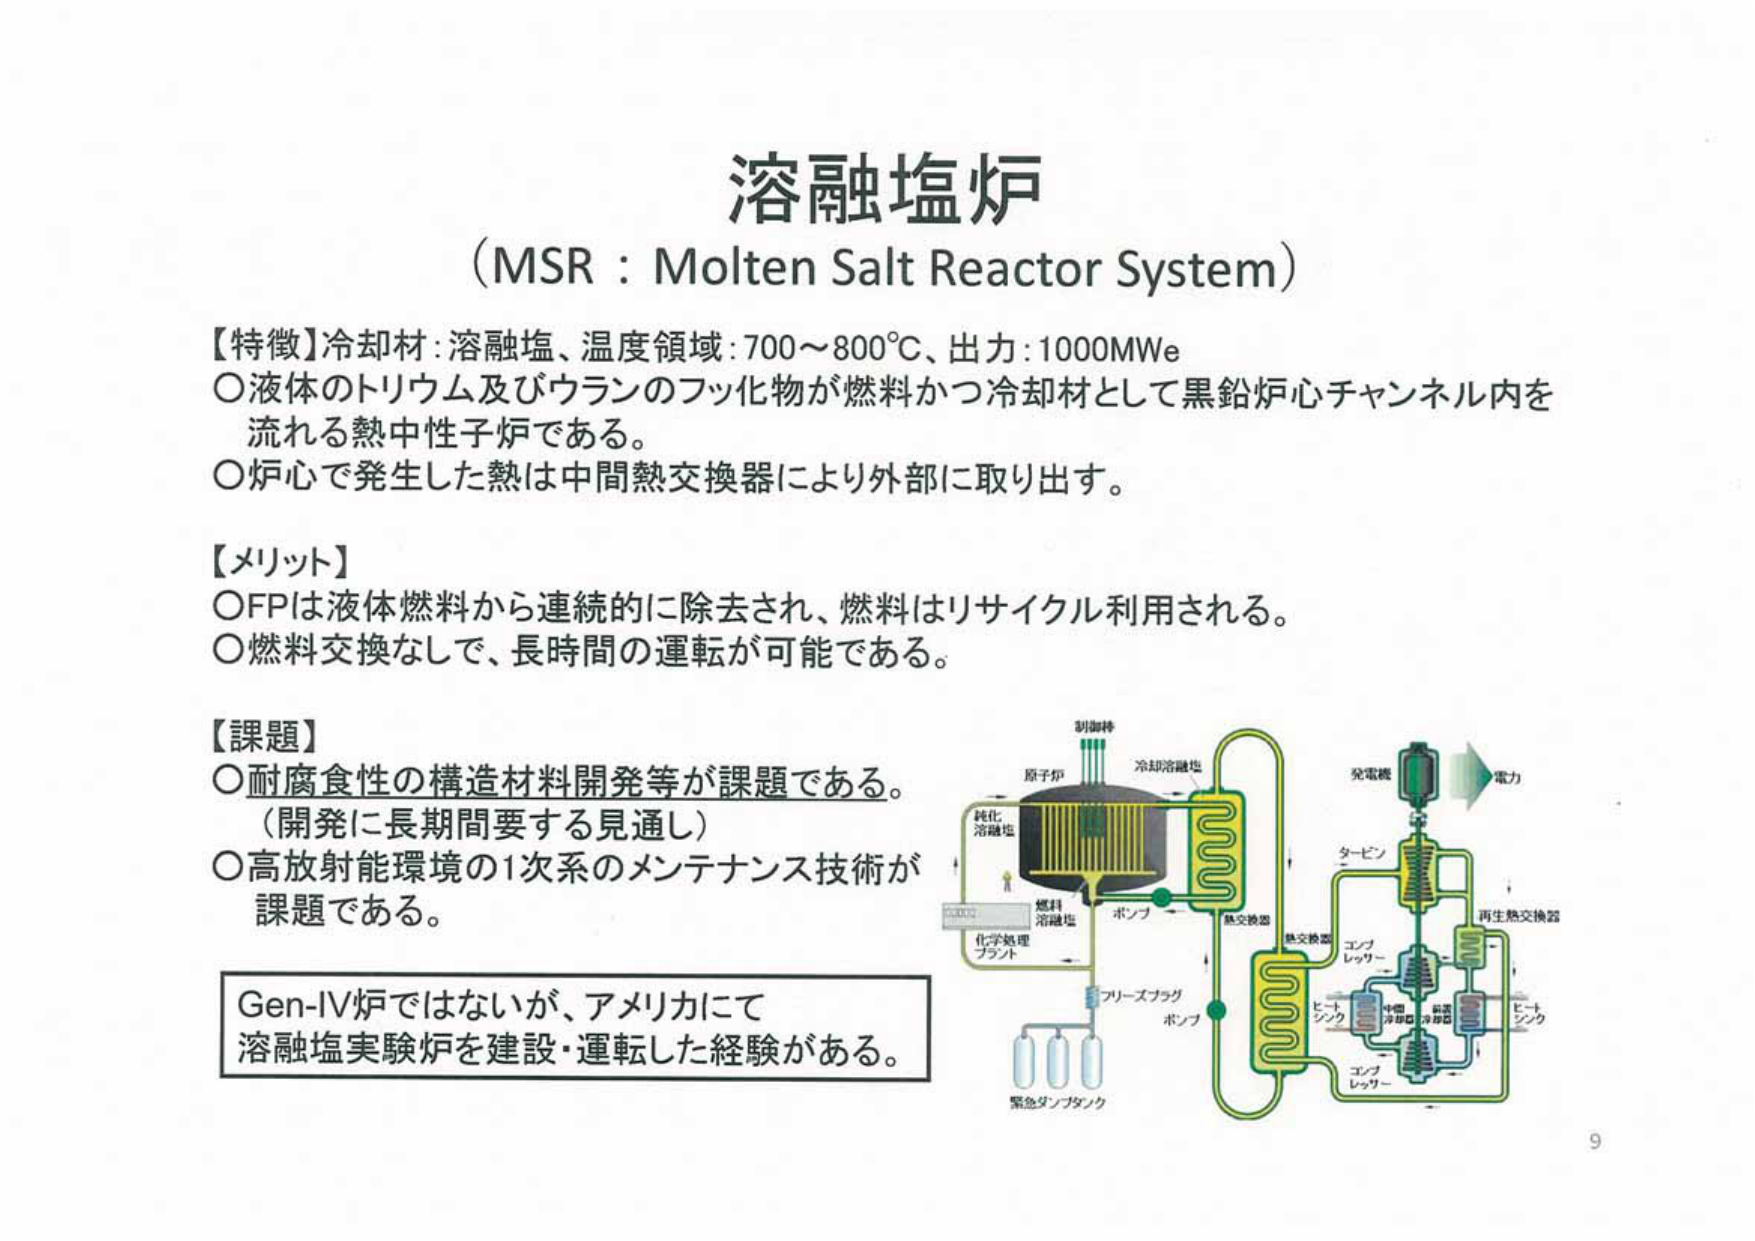
溶融塩炉
(MSR : Molten Salt Reactor System)

【特徴】冷却材:溶融塩、温度領域:700～800℃、出力:1000MWe
〇液体のトリウム及びウランのフッ化物が燃料かつ冷却材として黒鉛炉心チャンネル内を
流れる熱中性子炉である。
〇炉心で発生した熱は中間熱交換器により外部に取り出す。

【メリット】
〇FPIは液体燃料から連続的に除去され、燃料はリサイクル利用される。
〇燃料交換なしで、長時間の運転が可能である。

【課題】
〇耐腐食性の構造材料開発等が課題である。
（開発に長期間要する見通し）
〇高放射能環境の1次系のメンテナンス技術が
課題である。

Gen-IV炉ではないが、アメリカにて
溶融塩実験炉を建設・運転した経験がある。

原子炉
冷却溶融塩
純化
溶融塩
燃料
溶融塩
ポンプ
化学処理
プラント
フリーズプラグ
ポンプ
緊急ダンプタンク
熱交換器
熱交換器
タービン
発電機
電力
再生熱交換器
コンプレッサー
ヒート
シンク
中間
冷却器
低温
冷却器
ヒート
シンク
コンプレッサー

9